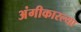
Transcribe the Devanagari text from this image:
अंगीकारल्या